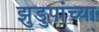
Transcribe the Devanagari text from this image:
झुडुपांच्या